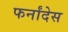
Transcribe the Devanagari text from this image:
फर्नांदेस